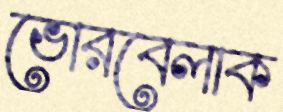
ভোরবেলাক